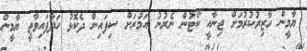
ޔާމީން ހާޒިރުކުރުމަށް ޖިނާއީ ކޯޓުން ނެރުނު އަމުރަށް ސިފައިން ދެކޮޅު ހަދާފައިވާތީ ޔާމީން